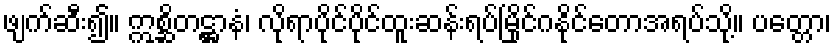
ဖျက်ဆီး၍။ ဣစ္ဆိတဋ္ဌာနံ၊ လိုရာပိုင်ပိုင်ထူးဆန်းရပ်မြိုင်ဂနိုင်တောအရပ်သို့။ ပတ္တော၊